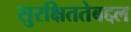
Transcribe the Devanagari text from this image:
सुरक्षिततेबद्दल